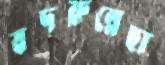
বদরুন্নেছা